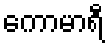
ကောမာရီ